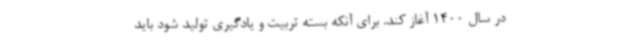
در سال 1400 آغاز کند. برای آنکه بسته تربیت و یادگیری تولید شود باید